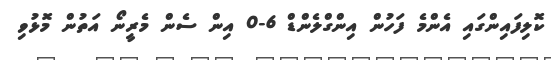
ކޮލިފައިންގައި އެންމެ ފަހުން އިންގްލެންޑް 6-0 އިން ސެން މެރީނޯ އަތުން މޮޅުވި